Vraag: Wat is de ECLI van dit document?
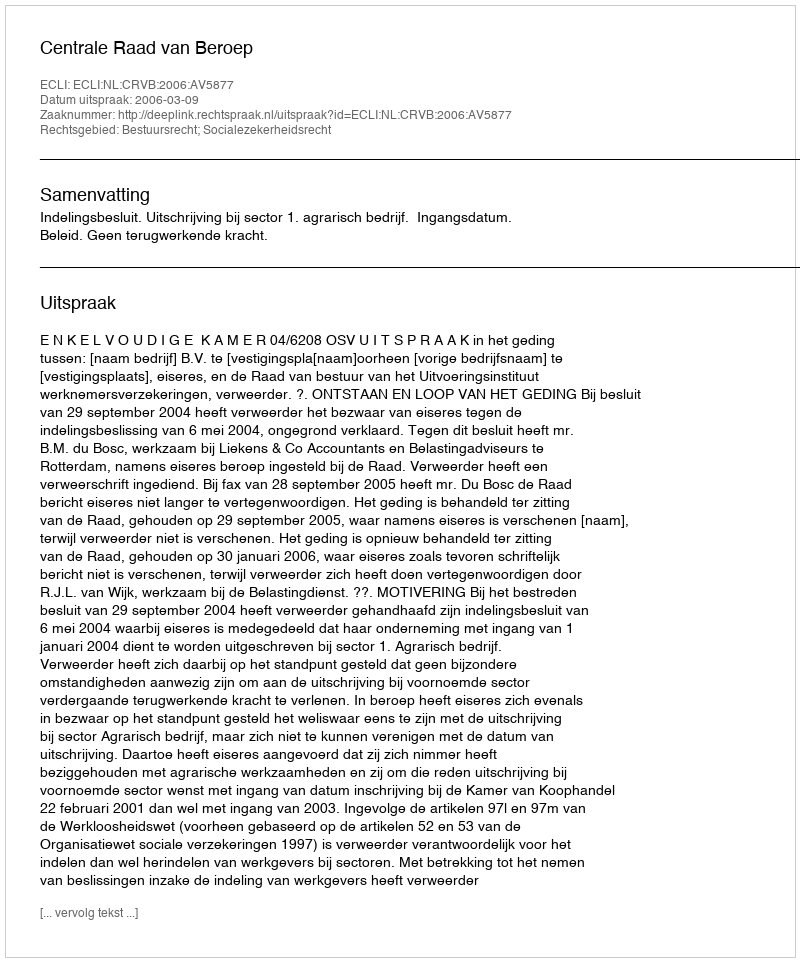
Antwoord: ECLI:NL:CRVB:2006:AV5877